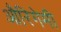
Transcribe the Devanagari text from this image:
औरिगेमी